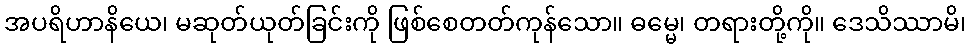
အပရိဟာနိယေ၊ မဆုတ်ယုတ်ခြင်းကို ဖြစ်စေတတ်ကုန်သော။ ဓမ္မေ၊ တရားတို့ကို။ ဒေသိဿာမိ၊